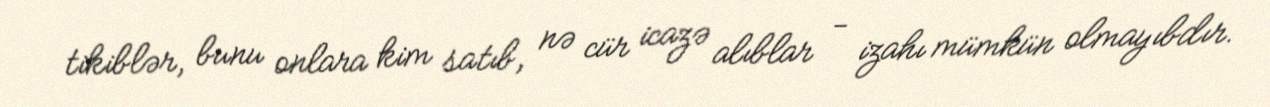
tikiblər, bunu onlara kim satıb, nə cür icazə alıblar - izahı mümkün olmayıbdır.